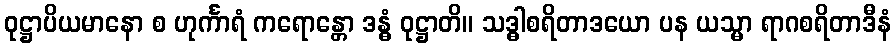
ဝုဋ္ဌာပိယမာနော စ ဟုင်္ကာရံ ကရောန္တော ဒန္ဓံ ဝုဋ္ဌာတိ။ သဒ္ဓါစရိတာဒယော ပန ယသ္မာ ရာဂစရိတာဒီနံ